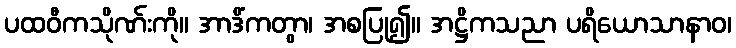
ပထဝီကသိုဏ်းကို။ အာဒိံကတွာ၊ အစပြု၍။ အဋ္ဌိကသညာ ပရိယောသာနာဝ၊